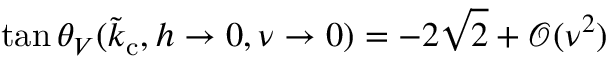
\tan \theta _ { V } ( \tilde { k } _ { \mathrm { c } } , h \rightarrow 0 , \nu \rightarrow 0 ) = - 2 \sqrt { 2 } + \mathcal { O } ( \nu ^ { 2 } )